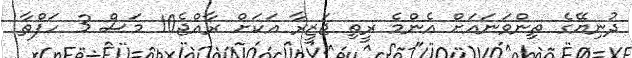
ދުނިޔޭގެ ތިންވަނައަށް އެންމެ ރީތި ޖަޒީރާ އަކަށް ރާއްޖެ10 މަސް 3 ހަފްތާ